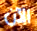
الآن